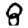
Digit: 8